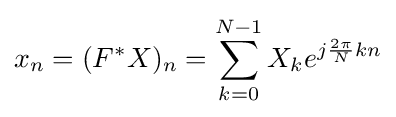
x_{n}=(F^{*}X)_{n}=\sum _{k=0}^{N-1}X_{k}e^{j{\frac {2\pi }{N}}kn}